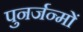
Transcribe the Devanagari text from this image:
पुनर्जन्मों